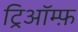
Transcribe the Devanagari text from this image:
ट्रिऑम्फ़